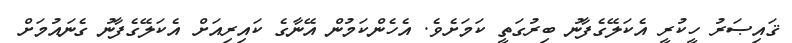
ޤައިޞަރު ހީކުރީ އެކަލޭގެފާނު ބިރުގަތީ ކަމަށެވެ. އެހެންކަމުން އޭނާގެ ކައިރިއަށް އެކަލޭގެފާނު ގެނައުމަށް